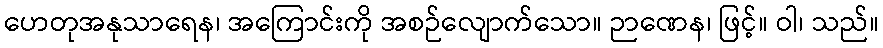
ဟေတုအနုသာရေန၊ အကြောင်းကို အစဉ်လျောက်သော။ ဉာဏေန၊ ဖြင့်။ ဝါ၊ သည်။